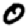
Digit: 0